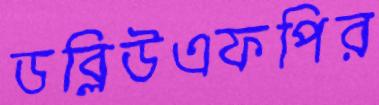
ডব্লিউএফপির